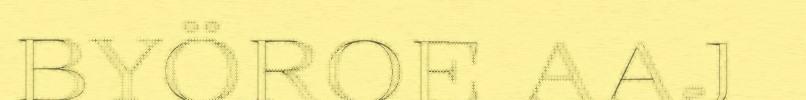
BYÖROE AAJ